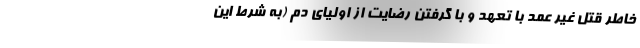
خاطر قتل غیر عمد با تعهد و با گرفتن رضایت از اولیای دم (به شرط این